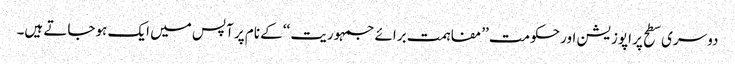
دوسری سطح پر اپوزیشن اور حکومت ’’مفاہمت برائے جمہوریت ‘‘کے نام پر آپس میں ایک ہوجاتے ہیں۔